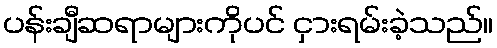
ပန်းချီဆရာများကိုပင် ငှားရမ်းခဲ့သည်။